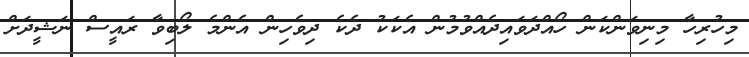
މިހުރިހާ މިނިވަންކަން ހޯއްދަވައިދެއްވުމުން އެކަކު ދެކެ ދިވެހިން އެންމެ ލޯބިވާ ރައީސް ނަޝީދަށް